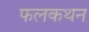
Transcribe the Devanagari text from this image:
फलकथन